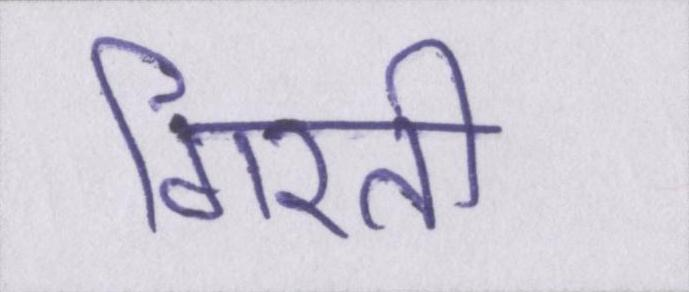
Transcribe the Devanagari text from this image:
गिरती